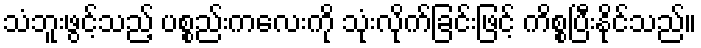
သံဘူးဖွင့်သည့် ပစ္စည်းကလေးကို သုံးလိုက်ခြင်းဖြင့် ကိစ္စပြီးနိုင်သည်။